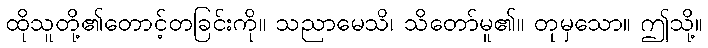
ထိုသူတို့၏တောင့်တခြင်းကို။ သညာမေသိ၊ သိတော်မူ၏။ တုမှသော။ ဤသို့။